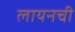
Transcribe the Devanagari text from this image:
लायनची